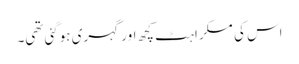
اس کی مسکراہٹ کچھ اور گہری ہوگئی تھی۔